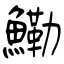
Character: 鰳